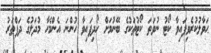
ޙަވާލުކުރެވިފައިވާ ކޯޓު ނުވަތަ ކޯޓުތަކުގެ ބޭނުމަށް ހޯދިފައިވާ ހުންނަ އެންމެހާ މުދަލުގެ ދަފްތަރު